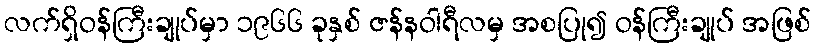
လက်ရှိဝန်ကြီးချုပ်မှာ ၁၉၆၆ ခုနှစ် ဇန်နဝါရီလမှ အစပြု၍ ဝန်ကြီးချုပ် အဖြစ်